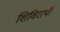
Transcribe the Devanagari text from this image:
शिविरार्थी